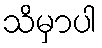
သိမှာပါ